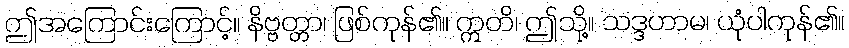
ဤအကြောင်းကြောင့်။ နိဗ္ဗတ္တာ၊ ဖြစ်ကုန်၏။ ဣတိ၊ ဤသို့။ သဒ္ဒဟာမ၊ ယုံပါကုန်၏။